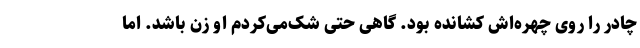
چادر را روی چهره‌اش کشانده بود. گاهی حتی شک‌می‌کردم او زن باشد. اما